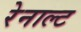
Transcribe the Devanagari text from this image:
रेनाल्ट